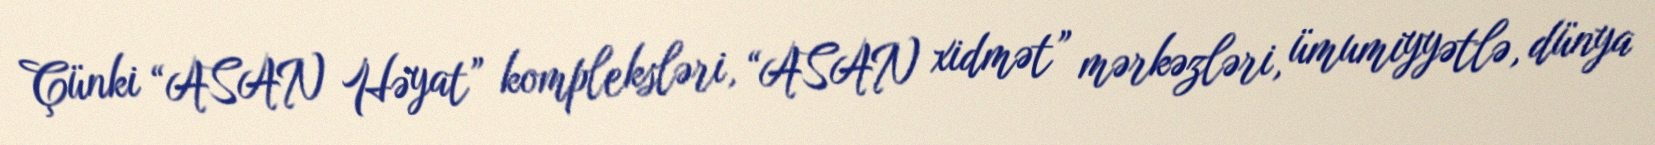
Çünki “ASAN Həyat” kompleksləri, “ASAN xidmət” mərkəzləri, ümumiyyətlə, dünya